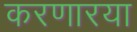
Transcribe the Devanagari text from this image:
करणारया